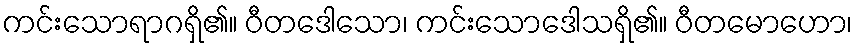
ကင်းသောရာဂရှိ၏။ ဝီတဒေါသော၊ ကင်းသောဒေါသရှိ၏။ ဝီတမောဟော၊